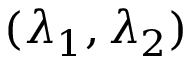
( \lambda _ { 1 } , \lambda _ { 2 } )